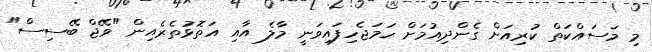
މި މަސައްކަތް ކުރިއަށް ގެންދިއުމަށް ހަމަޖެހިފައިވަނީ މާލެ އާއި އަތޮޅުތެރެއިން "ވޭޖް ބޭސިސް"